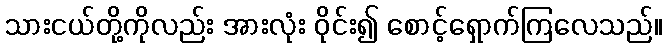
သားငယ်တို့ကိုလည်း အားလုံး ဝိုင်း၍ စောင့်ရှောက်ကြလေသည်။